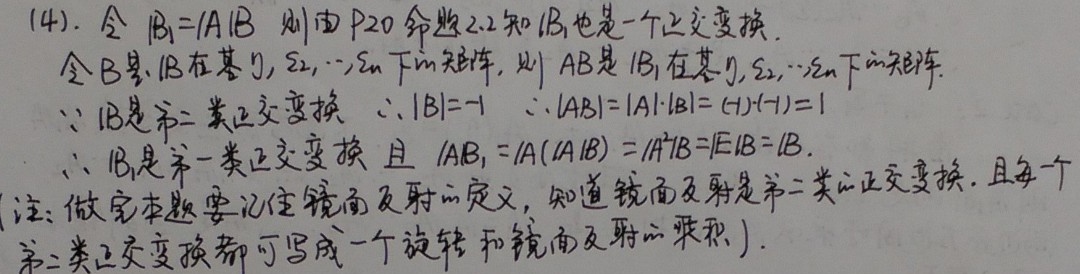
(4). 令 \(B_{1}=AB\) 则由P20命题2.2知 \(B_{1}\) 也是一个正交变换.
令 \(B\) 是 \(B_{1}\) 在基 \(\varepsilon_{1},\varepsilon_{2},\cdots,\varepsilon_{n}\) 下的矩阵，则 \(AB\) 是 \(B_{1}\) 在基 \(\varepsilon_{1},\varepsilon_{2},\cdots,\varepsilon_{n}\) 下的矩阵.
\(\because B\) 是第二类正交变换 \(\therefore |B| = - 1\) \(\therefore |AB|=|A|\cdot|B|=(- 1)\cdot(-1)=1\)
\(\therefore B_{1}\) 是第一类正交变换 且 \(AB_{1}=A(AB)=A^{2}B = EB = B\).
(注: 做完本题要记住镜面反射的定义，知道镜面反射是第二类的正交变换. 且每一个
第二类正交变换都可写成一个旋转和镜面反射的乘积).